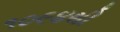
૧૦૯૪થી